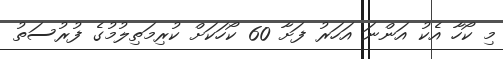
މި ކޯހާ އެކު އަންނަ އަހަރު ފަށާ 60 ކޯހަކަށް ކުރިމަތިލުމުގެ ފުރުސަތު